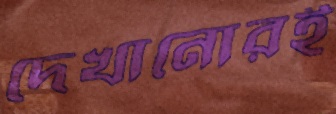
দেখানোরই